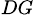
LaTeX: _{DG}